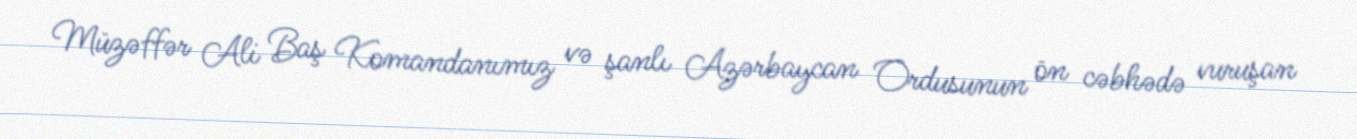
Müzəffər Ali Baş Komandanımız və şanlı Azərbaycan Ordusunun ön cəbhədə vuruşan